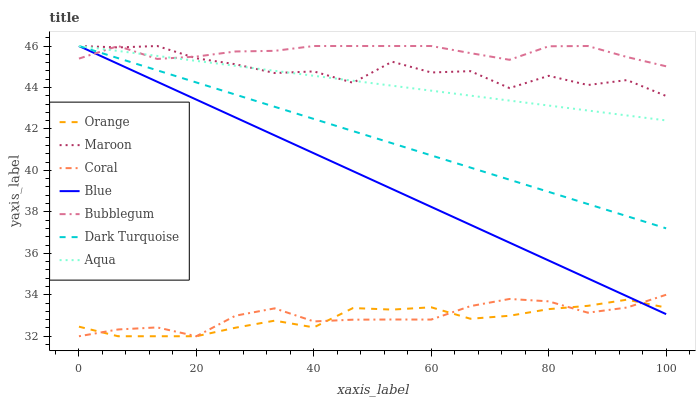
| xaxis_label | Orange | Maroon | Coral | Blue | Bubblegum | Dark Turquoise | Aqua |
 | --- | --- | --- | --- | --- | --- | --- | --- |
 | 0 | 32.5 | 46 | 32 | 46 | 45.4 | 46 | 46 |
 | 6.67 | 32 | 45.9 | 32.3 | 45.1 | 46 | 45.4 | 45.8 |
 | 13.3 | 32 | 46 | 32.4 | 44.3 | 45.4 | 44.8 | 45.5 |
 | 20 | 32 | 45.4 | 32 | 43.4 | 45.5 | 44.2 | 45.3 |
 | 26.7 | 32.4 | 45.1 | 33 | 42.6 | 45.7 | 43.7 | 45 |
 | 33.3 | 32.8 | 44.7 | 33.3 | 41.7 | 45.8 | 43.1 | 44.8 |
 | 40 | 32.4 | 44.8 | 32.7 | 40.8 | 46 | 42.5 | 44.6 |
 | 46.7 | 33.4 | 44.2 | 32.8 | 40 | 46 | 41.9 | 44.3 |
 | 53.3 | 33.3 | 45.2 | 32.8 | 39.1 | 46 | 41.3 | 44.1 |
 | 60 | 33.4 | 44.7 | 32.8 | 38.2 | 46 | 40.7 | 43.8 |
 | 66.7 | 32.8 | 44.8 | 33.5 | 37.4 | 45.7 | 40.1 | 43.6 |
 | 73.3 | 33 | 44 | 33.8 | 36.5 | 45.3 | 39.6 | 43.4 |
 | 80 | 33.3 | 44.6 | 33.7 | 35.7 | 46 | 39 | 43.1 |
 | 86.7 | 33.5 | 44.1 | 33.1 | 34.8 | 46 | 38.4 | 42.9 |
 | 93.3 | 33.8 | 44.4 | 33.4 | 33.9 | 45.5 | 37.8 | 42.6 |
 | 100 | 33.4 | 43.6 | 34 | 33.1 | 45 | 37.2 | 42.4 |